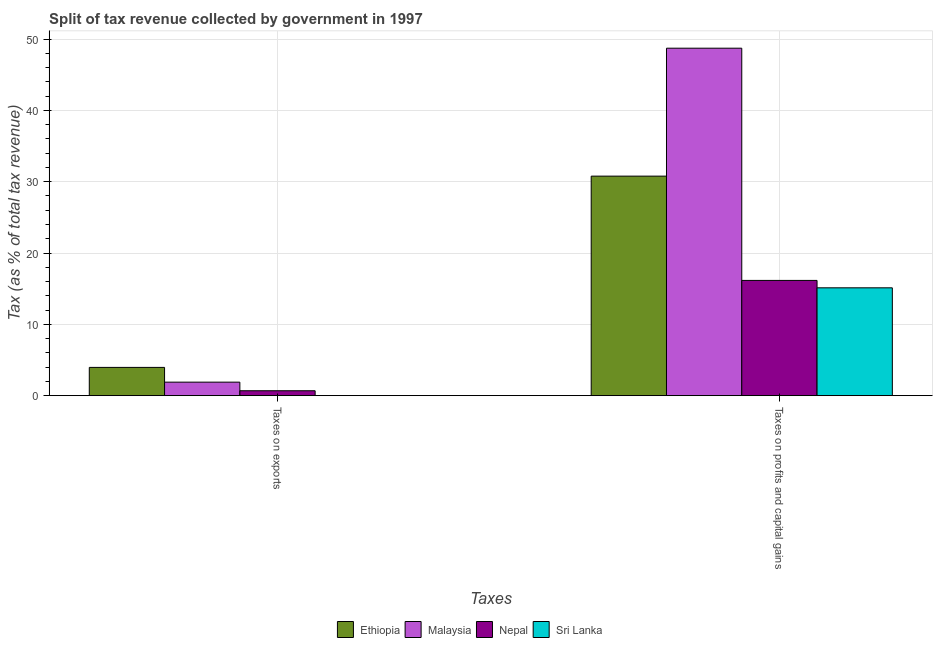
| Taxes | Ethiopia | Malaysia | Nepal | Sri Lanka |
 | --- | --- | --- | --- | --- |
 | Taxes on exports | 3.96 | 1.89 | 0.687 | 0.00281 |
 | Taxes on profits and capital gains | 30.8 | 48.7 | 16.2 | 15.1 |